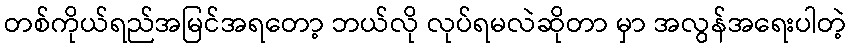
တစ်ကိုယ်ရည်အမြင်အရတော့ ဘယ်လို လုပ်ရမလဲဆိုတာ မှာ အလွန်အရေးပါတဲ့